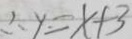
\therefore y = x + 3